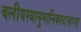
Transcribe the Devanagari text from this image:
बलीयस्यानुमानिकादाचारात्